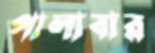
পালাবার